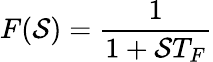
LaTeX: F(\mathcal{S})={\frac{{1}}{{1+\mathcal{S}T_{F}}}}